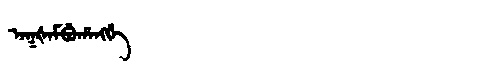
Manchu: ᠠᡴᡧᠠᠮᠪᡠᡥᠠᠩᡤᡝ
Romanization: AKŠAMBUHANGGE